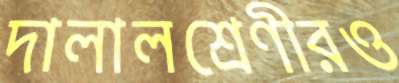
দালালশ্রেণীরও